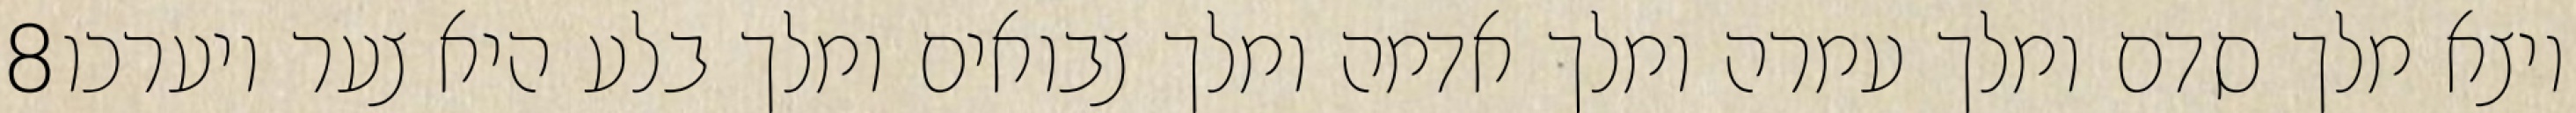
‎8‏ ויצא מלך סדם ומלך עמרה ומלך אדמה ומלך צבואים ומלך בלע היא צער ויערכו